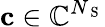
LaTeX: \mathbf{c}\in\mathbb{C}^{N_{\mathrm{~S~}}}